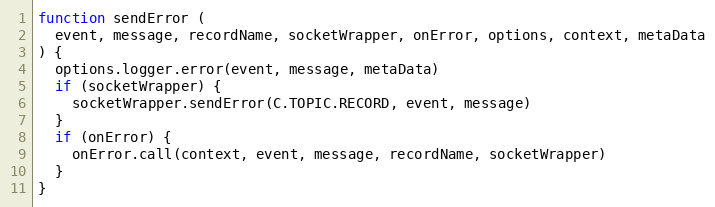
Language: JavaScript
function sendError (
  event, message, recordName, socketWrapper, onError, options, context, metaData
) {
  options.logger.error(event, message, metaData)
  if (socketWrapper) {
    socketWrapper.sendError(C.TOPIC.RECORD, event, message)
  }
  if (onError) {
    onError.call(context, event, message, recordName, socketWrapper)
  }
}